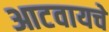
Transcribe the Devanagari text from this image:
आटवायचे